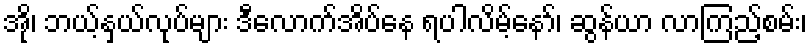
အို၊ ဘယ့်နှယ်လုပ်များ ဒီလောက်အိပ်နေ ရပါလိမ့်နော်၊ ဆွန်ယာ လာကြည့်စမ်း၊